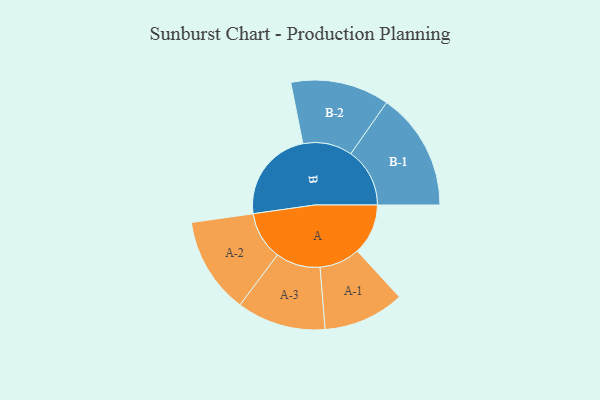
{"axis": {"x": "Segment", "y": "Value"}, "legend": ["", "A", "B"], "data": [{"x": "A", "y": 218, "type": ""}, {"x": "B", "y": 399, "type": ""}, {"x": "A-1", "y": 174, "type": "A"}, {"x": "A-2", "y": 207, "type": "A"}, {"x": "A-3", "y": 191, "type": "A"}, {"x": "B-1", "y": 253, "type": "B"}, {"x": "B-2", "y": 212, "type": "B"}]}